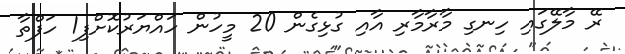
ރޭ މާލޭގައި ހިނގި މާރާމާރި އާއި ގުޅިގެން 20 މީހުން ހައްޔަރުކޮށްފި1 ހަފްތާ